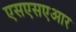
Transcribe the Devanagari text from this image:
एसएसएआर